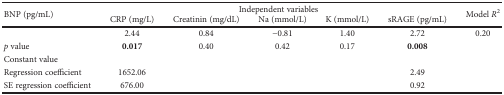
<table><thead><tr><td rowspan="2"><b>BNP (pg/mL)</b></td><td colspan="5"><b>Independent variables</b></td><td rowspan="2"><b>Model <i>R</i><sup>2</sup></b></td></tr><tr><td><b>CRP (mg/L)</b></td><td><b>Creatinin (mg/dL)</b></td><td><b>Na (mmol/L)</b></td><td><b>K (mmol/L)</b></td><td><b>sRAGE (pg/mL)</b></td></tr></thead><tbody><tr><td></td><td>2.44</td><td>0.84</td><td>−0.81</td><td>1.40</td><td>2.72</td><td>0.20</td></tr><tr><td><i>p</i> value</td><td><b>0.017</b></td><td>0.40</td><td>0.42</td><td>0.17</td><td><b>0.008</b></td><td></td></tr><tr><td>Constant value</td><td></td><td></td><td></td><td></td><td></td><td></td></tr><tr><td>Regression coefficient</td><td>1652.06</td><td></td><td></td><td></td><td>2.49</td><td></td></tr><tr><td>SE regression coefficient</td><td>676.00</td><td></td><td></td><td></td><td>0.92</td><td></td></tr></tbody></table>